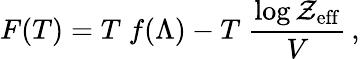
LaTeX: F(T)=T\; f(\Lambda)-T\; {\frac{\log{\cal Z}_{\mathrm{eff}}}{V}}\, ,